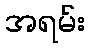
အရမ်း